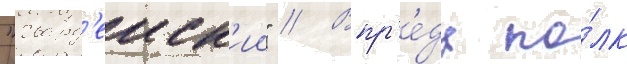
"гвард'еиск'ии" // Впр'е́дь по́лк